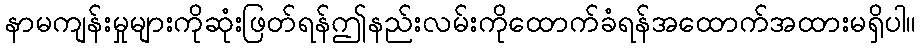
နာမကျန်းမှုများကိုဆုံးဖြတ်ရန်ဤနည်းလမ်းကိုထောက်ခံရန်အထောက်အထားမရှိပါ။